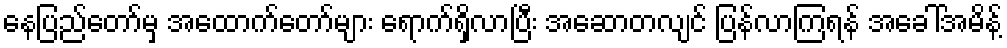
နေပြည်တော်မှ အထောက်တော်များ ရောက်ရှိလာပြီး အဆောတလျင် ပြန်လာကြရန် အခေါ်အမိန့်